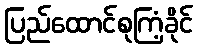
ပြည်ထောင်စုကြံ့ခိုင်